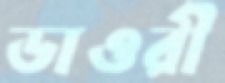
ডাওরী